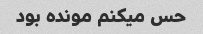
حس میکنم مونده بود